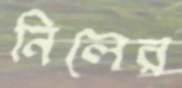
নিলের